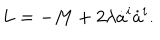
LaTeX: L = - M + 2 \lambda \dot { a } ^ { i } \dot { a } ^ { i } .